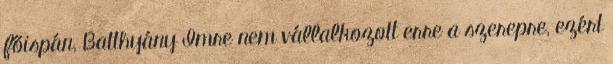
főispán, Batthyány Imre nem vállalkozott erre a szerepre, ezért